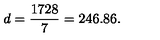
d = \frac { 1 7 2 8 } { 7 } = 2 4 6 . 8 6 .